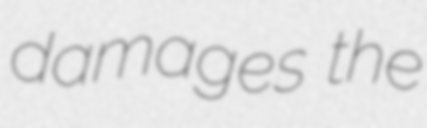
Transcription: damages the